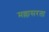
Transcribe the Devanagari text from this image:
मल्लासरता